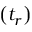
\left( t _ { r } \right)